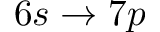
6 s \rightarrow 7 p